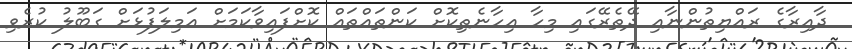
ދާއިރާގެ ރައްޔިތުންނާއި ދޭތެރޭގައި މިހާ އިހާނެތިކޮށް ކަންތައްތައް ކޮށްފައިވާކަމަށް އަމިލަފުޅަށް ގަބޫލު ކުރެވި